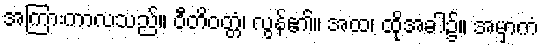
အကြားကာလသည်။ ဝီတိဝတ္တံ၊ လွန်၏။ အထ၊ ထိုအခါ၌။ အမှာကံ